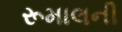
રૂમાલની